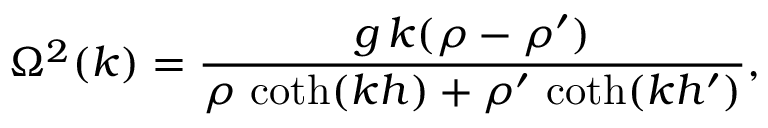
\Omega ^ { 2 } ( k ) = { \frac { g \, k ( \rho - \rho ^ { \prime } ) } { \rho \, \coth ( k h ) + \rho ^ { \prime } \, \coth ( k h ^ { \prime } ) } } ,